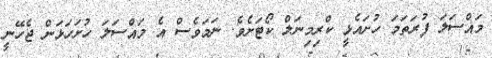
މައްސަލަ ފުރަތަމަ ހުށައެޅީ ކްރިމިނަލް ކޯޓަށެވެ. ނަމަވެސް އެ މައްސަލަ ހުށަހަޅަން ޖެހޭނީ